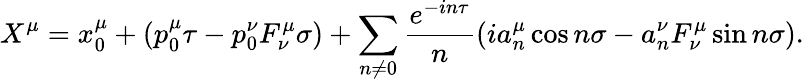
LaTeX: X^{\mu}=x_{0}^{\mu}+(p_{0}^{\mu}\tau-p_{0}^{\nu}F_{\nu}^{\mu}\sigma)+\sum_{n\neq 0}{\frac{e^{-in\tau}}{n}}(ia_{n}^{\mu}\cos n\sigma-a_{n}^{\nu}F_{\nu}^{\mu}\sin n\sigma).